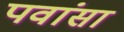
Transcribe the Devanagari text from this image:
पवांसा